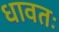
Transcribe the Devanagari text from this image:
धावतः